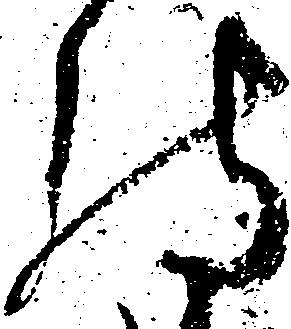
待